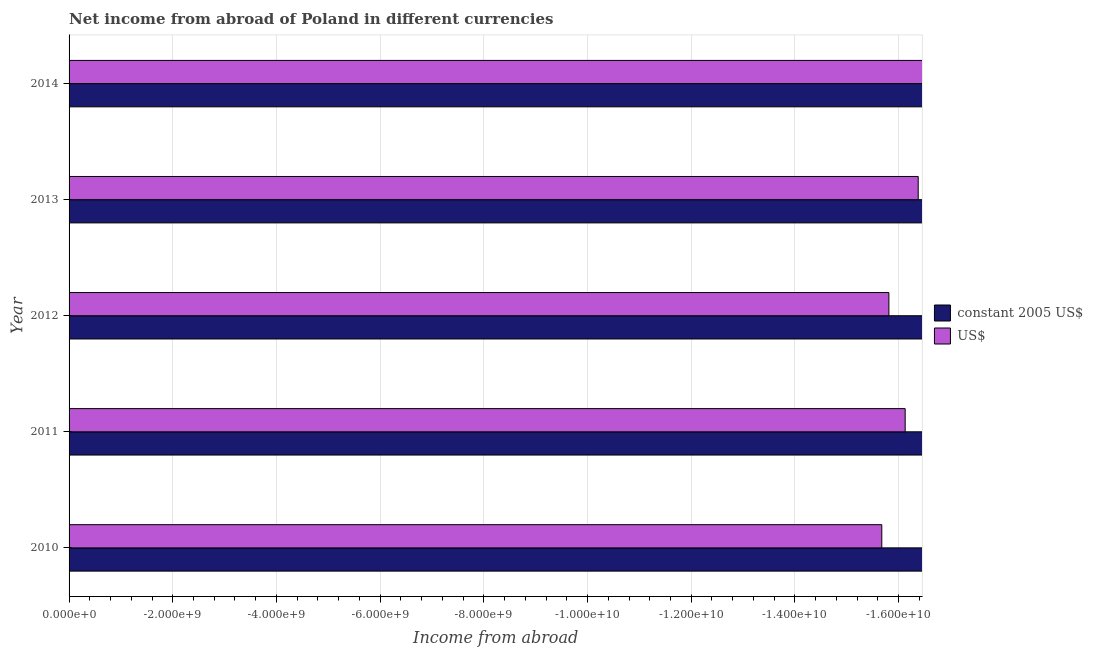
| Year | constant 2005 US$ | US$ |
 | --- | --- | --- |
 | 2010 | -4.73e+10 | -1.57e+10 |
 | 2011 | -4.78e+10 | -1.61e+10 |
 | 2012 | -5.15e+10 | -1.58e+10 |
 | 2013 | -5.18e+10 | -1.64e+10 |
 | 2014 | -5.69e+10 | -1.8e+10 |